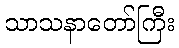
သာသနာတော်ကြီး